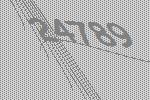
24789